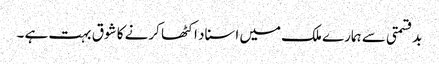
بدقسمتی سے ہمارے ملک میں اسناد اکٹھا کرنے کا شوق بہت ہے ۔